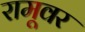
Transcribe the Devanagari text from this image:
रामूवर